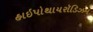
હાઇપોથાયરૉડિઝમ